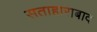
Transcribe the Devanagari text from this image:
सताहाराबाद